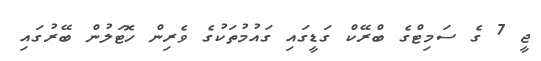
ޖީ 7 ގެ ސަމިޓްގެ ބްރޭކް ގަޑީގައި ގައުމުތަކުގެ ވެރިން ހޮޓަލުން ބޭރުގައި